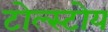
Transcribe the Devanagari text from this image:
टोल्स्टोय